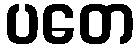
ပတေ